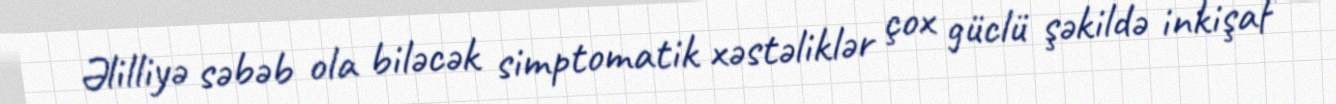
Əlilliyə səbəb ola biləcək simptomatik xəstəliklər çox güclü şəkildə inkişaf